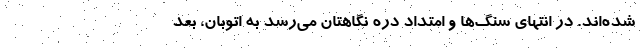
شده‌اند. در انتهای سنگ‌ها و امتداد دره نگاهتان می‌رسد به اتوبان، بعد